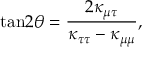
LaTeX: \mathrm { t a n } 2 \theta = { \frac { 2 \kappa _ { \mu \tau } } { \kappa _ { \tau \tau } - \kappa _ { \mu \mu } } } ,